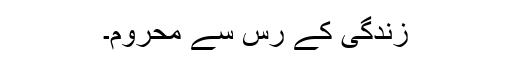
زندگی کے رَس سے محروم۔